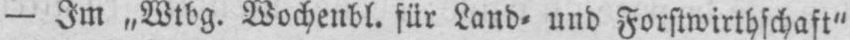
- Im „Wtbg. Wochenbl. für Land⸗ und Forstwirthschaft“